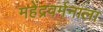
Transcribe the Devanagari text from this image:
महेंद्रवर्मनाला